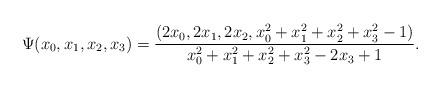
LaTeX: \begin{align*}\Psi(x_0, x_1, x_2, x_3) =\frac{(2x_0, 2x_1, 2x_2, x_0^2 + x_1^2 + x_2^2 + x_3^2- 1)}{x_0^2 + x_1^2 + x_2^2 + x_3^2 - 2x_3 + 1}.\end{align*}